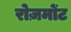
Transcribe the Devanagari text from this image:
रोज़मोंट